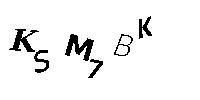
KSM7BK